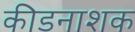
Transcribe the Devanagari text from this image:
कीडनाशक